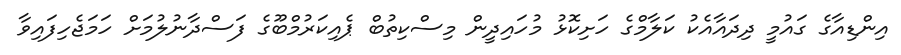
އިންޑިއާގެ ގައުމީ ދިދައާއެކު ކަލާމްގެ ހަށިކޮޅު މުހައިދީން މިސްކިތުބް ޕެއިކަރުމްބޫގެ ފަސްދާނުލުމަށް ހަމަޖެހިފައިވާ